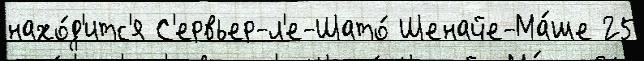
нахо́д'итс'я С'ервьер-л'е-Шато́ Шенайе-Ма́ше 25